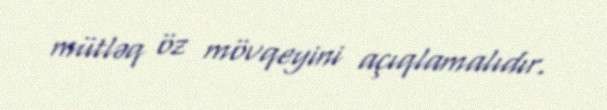
mütləq öz mövqeyini açıqlamalıdır.